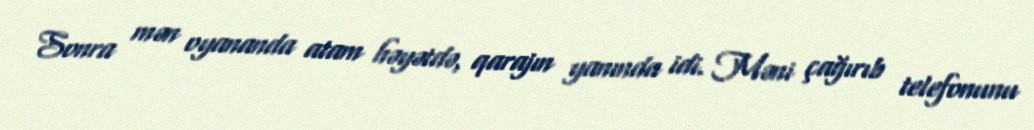
Sonra mən oyananda atam həyətdə, qarajın yanında idi. Məni çağırıb telefonunu